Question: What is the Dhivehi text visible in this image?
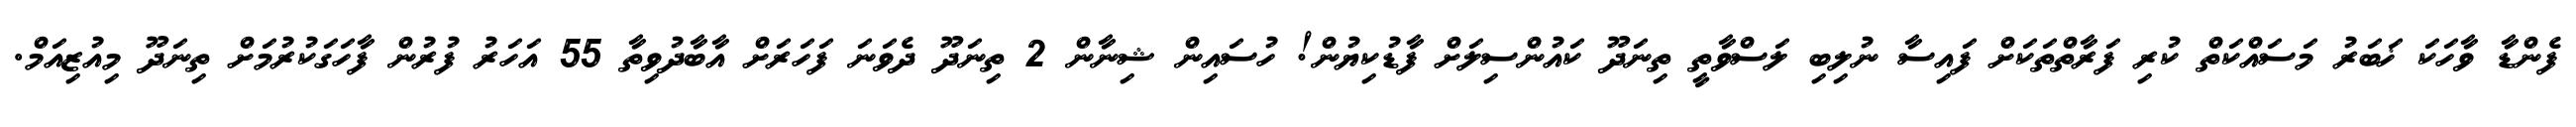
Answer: ފެންޑާ ވާހަކަ ޚަބަރު މަސައްކަތް ކުރި ފަރާތްތަކަށް ފައިސާ ނުލިބި ލަސްވާތީ ތިނަދޫ ކައުންސިލަށް ފާޑުކިޔުން! ހުސައިން ޝިނާން 2 ތިނަދޫ ދެވަނަ ފަހަރަށް އާބާދުވިތާ 55 އަހަރު ފުރުން ފާހަގަކުރުމަށް ތިނަދޫ މިއުޒިއަމް.